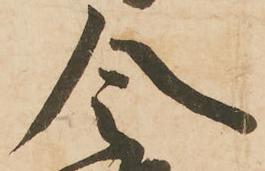
令